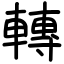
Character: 轉